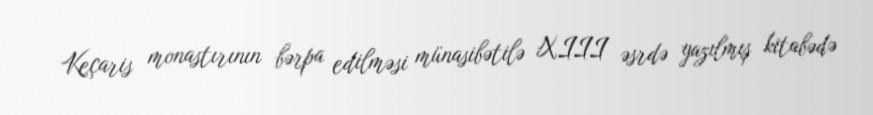
Keçaris monastırının bərpa edilməsi münasibətilə XIII əsrdə yazılmış kitabədə